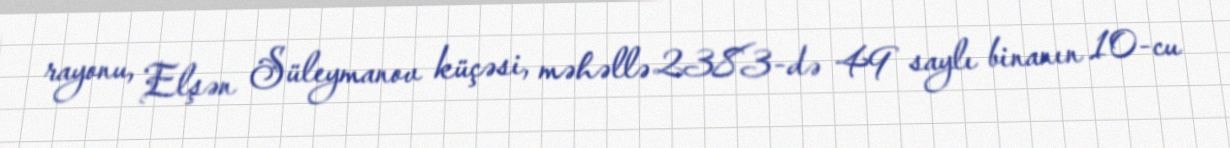
rayonu, Elşən Süleymanov küçəsi, məhəllə 2383-də 49 saylı binanın 10-cu